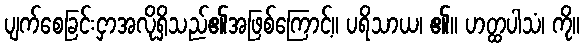
ပျက်စေခြင်းငှာအလိုရှိသည်၏အဖြစ်ကြောင့်။ ပရိသာယ၊ ၏။ ဟတ္ထပါသံ၊ ကို။